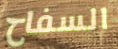
السفاح